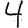
Digit: 4